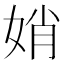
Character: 娋